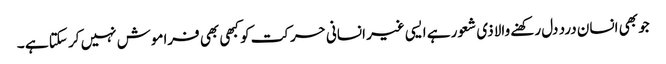
جو بھی انسان درد دل رکھنے والا ذی شعور ہے ایسی غیر انسانی حرکت کو کبھی بھی فراموش نہیں کر سکتا ہے ۔